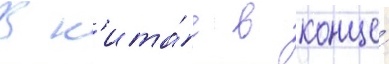
В к'ита́е в конце́